Rongu_vallavalitsus, lk 164
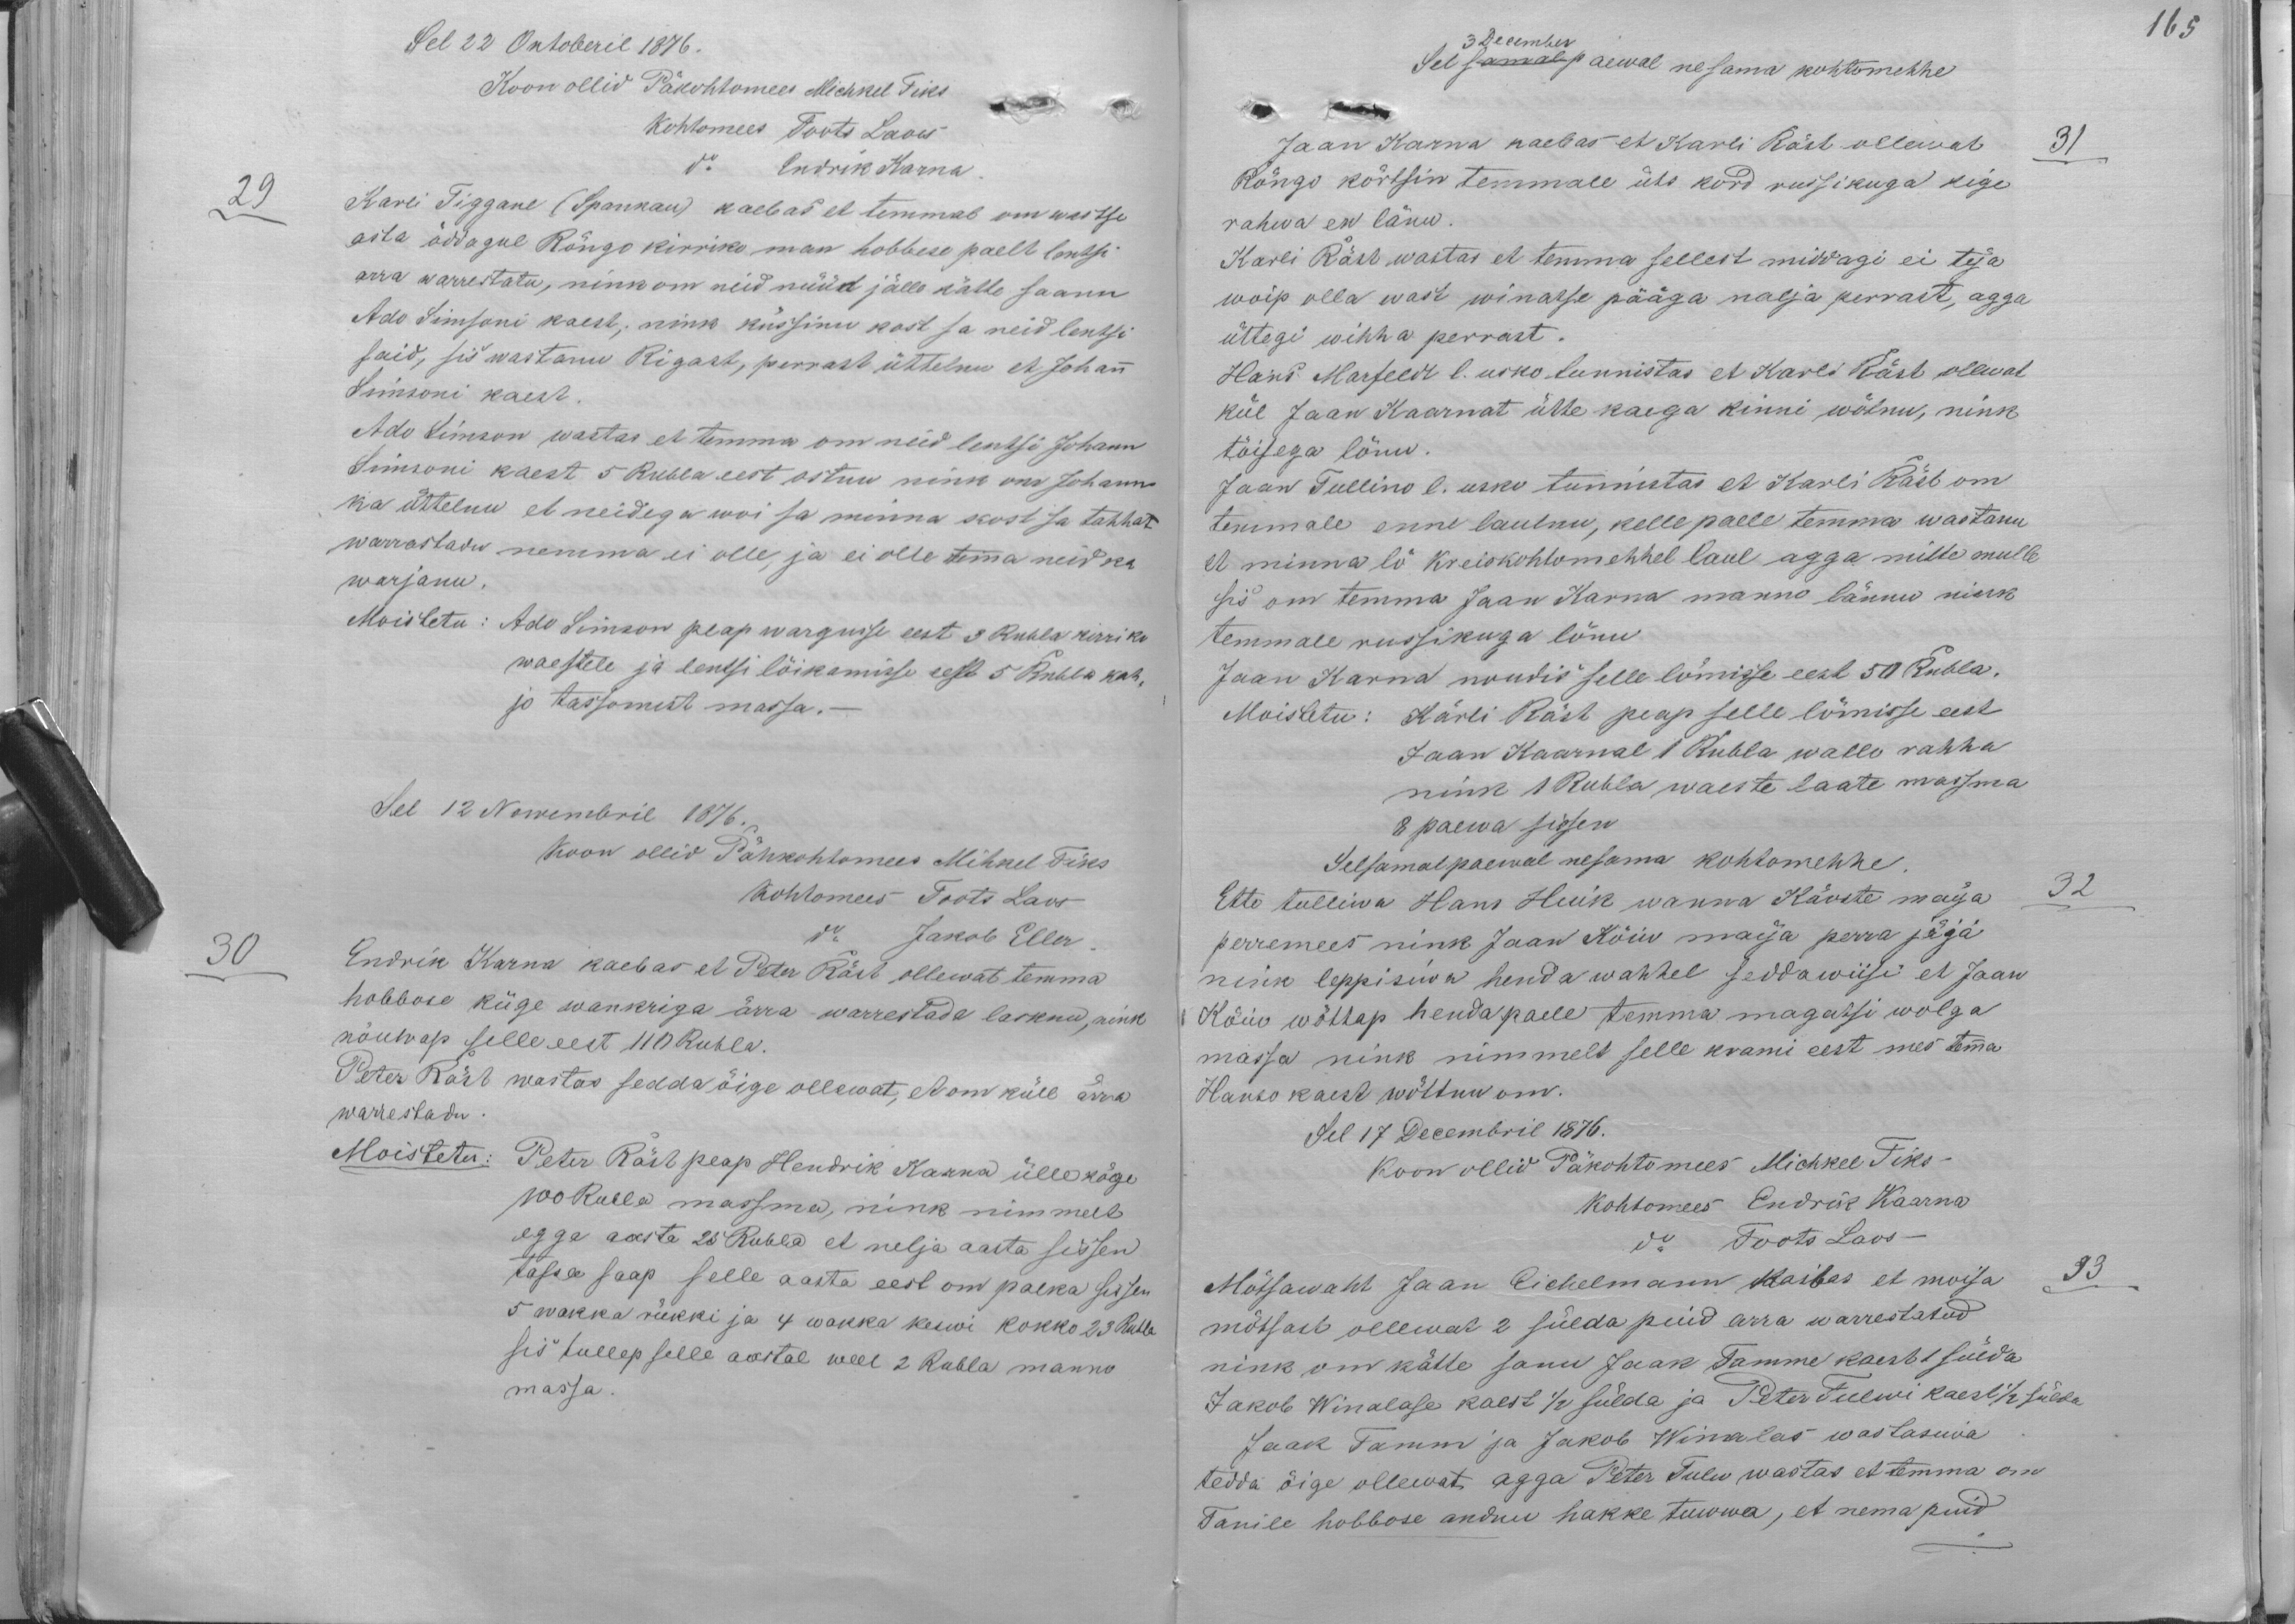
Sel 22 Oktoberil 1876.
Koon ollid Päkohtomees Michkel Tiks
Kohtomees Toots Laos
d. Endrik Karna.
29
Karli Tiggane (Spankau) kaebas et temmal om wastse
asta õddagul Rõngo kirriko man hobbese paelt lentsi
arra warrestatu, nink om neid nüüd jälle kätte saanu
Ado Simsoni kaest, nink küssinu kost sa neid lentsi
said, sis wastanu Rigast, perrast üttelnu et Johann
Simsoni kaest.
Ado Simson wastas et temma om neid lentsi Johann
Simsoni kaest 5 Rubla eest ostnu nink om Johann
ka üttelnu et neidega woi sa minna kost sa tahhat
warrastadu nemma ei olle, ja ei olle temma neid ka
warjanu.
Moistetu: Ado Simson peap wargusse eest 3 Rubla kirriko
waestele ja lentsi lõikamisse eest 5 Rubla kah-
jo tassomist massa.
Sel 12 Nowembril 1876.
koon ollid Pähkohtomees Mihkel Tiks
Kohtomees Toots Laos
30
Endrik Karna kaebas et Peter Räst ollewat temma
d. Jakob Eller.
hobbose küge wankriga ärra warrestada lasknu, nink
nõuwap selle eest 110 Rubla.
Peter Räst wastas sedda õige ollewat, et om küll ärra
warrestadu.
Moistetu: Peter Räst peap Hendrik Karna ülle kõge
100 Rubla massma, nink nimmelt
egga aasta 26 Rubla et nelja aasta sissen
tassa saap selle aasta eest on palka sissen
5 Wakka rükki ja 4 wakka keswi kokko 23 Rubla
sis tullep selle aastal weel 2 Rubla manno
massa.

3 December
165
Sel samal päewal nesama kohtomehhe
Jaan Karna kaebas et Karli Räst ollewat
31
Rõngo kõrtsin temmale üks kord russikuga kige
rahwa en lönu.
Karli Räst wastas et temma sellest midagi ei teja
woip olla wast winatse pääga nalja perrast, agga
üttegi wihha perrast.
Hans Marfeldt l. usko tunnistas et Karli Räst olewat
kül Jaan Kaarnat ütte kaega kinni wõtnu, nink
tõisega lönu.
Jaan Tullino l. usko tunnistas et Karli Räst om
temmale enne laulnu, kelle paele temma wastanu
et minna lö kreiskohtomehhel laul agga mitte mulle
sis om temma Jaan Karna manno lännu nink
temmale russikuga lönu
Jaan Karna noudis selle lömisse eest 50 Rubla.
Moistetu: Karli Räst peap selle lömisse eest
Jaan Kaarnal 1 Rubla wallo rahha
nink 1 Rubla waeste laate massma
8 paewa sissen
Selsamal paewal nesama kohtomehhe.
Ette tulliwa Hans Huik wanna Kärste maija
32
perremees nink Jaan Kõiw maija perra jäga
nink leppisiwa henda wahhel seddawiisi et Jaan
Kõiw wõttap henda paele temma magatsi wolga
massa nink nimmelt selle krami eest mes temma
Hanso kaest wõttnu om.
Sel 17 Decembril 1876.
Koon ollid Päkohtomees Michkel Tiks
Kohtomees Endrik Kaarna
do Toots Laos
Mõtsawaht Jaan Eichelmann kaibas et moisa
33
mõtsast ollewat 2 sülda puid arra warrestatud
nink om kätte sanu Jaak Tamme kaest 1 sülda
Jakob Winalase kaest 1/2 sülda ja Peter Tulwi kaest 1/2 sülda
Jaak Tamm ja Jakob Winalas wastasiwa
tedda õige ollewat, agga Peter Tulw wastas et temma on
Tanile hobbose andnu hakke tuwwa, et nema puid